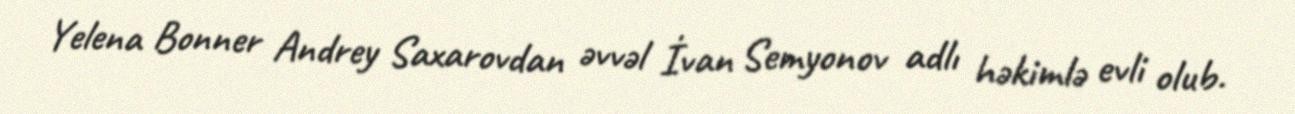
Yelena Bonner Andrey Saxarovdan əvvəl İvan Semyonov adlı həkimlə evli olub.